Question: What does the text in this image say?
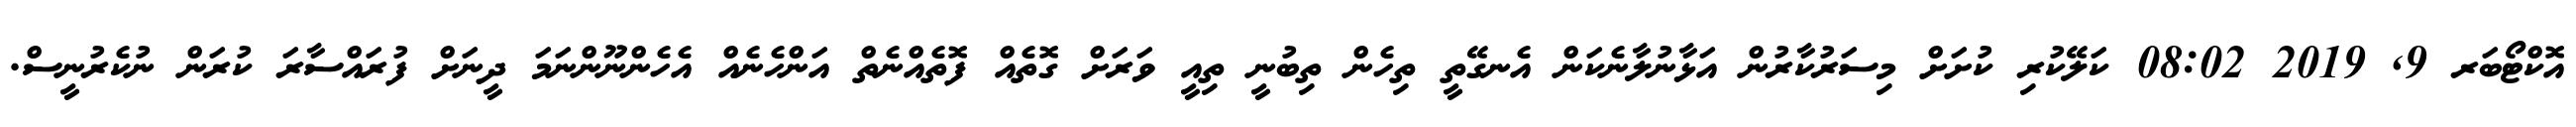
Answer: އޮކްޓޯބަރ 9, 2019 08:02 ކަލޭކުރި ކުށަށް މިސަރުކާރުން އަޅާނުލާނެކަން އެނގޭތީ ތިހެން ތިބުނީ ތިއީ ވަރަށް ގޮތެއް ފޮތެއްނެތް އަންހެނެއް އެހެންނޫންނަމަ ދީނަށް ފުރައްސާރަ ކުރަން ނުކެރުނީސް.